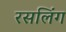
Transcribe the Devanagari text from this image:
रसलिंग